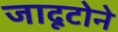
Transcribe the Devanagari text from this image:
जादूटोने